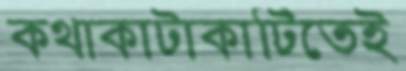
কথাকাটাকাটিতেই